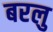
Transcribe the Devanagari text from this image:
बरलु